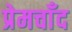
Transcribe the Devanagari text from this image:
प्रेमचाँद